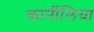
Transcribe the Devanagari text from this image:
कार्नीलिया